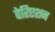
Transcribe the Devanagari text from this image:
वेरिएशन